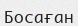
Босаған